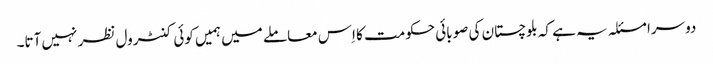
دوسرا مسئلہ یہ ہے کہ بلوچستان کی صوبائی حکومت کا اِس معاملے میں ہمیں کوئی کنٹرول نظر نہیں آتا۔